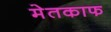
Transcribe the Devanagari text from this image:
मेतकाफ